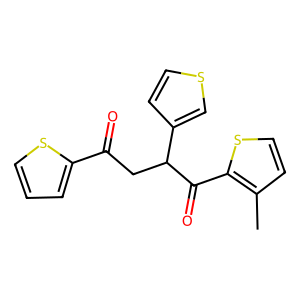
SMILES: Cc1ccsc1C(=O)C(CC(=O)c1cccs1)c1ccsc1
Inhibits HIV replication: No